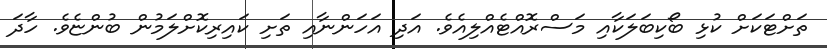
ތަށްޓަކަށް ކުޅި ބޯކިބަލަކާއި މަސްރޮއްޓެއްލިއެވެެ. އަދި އަހަންނާއި ތަށި ކައިރިކޮށްލަމުން ބުންޏެވެ. ހާދަ